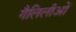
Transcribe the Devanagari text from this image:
गैलिलीओं